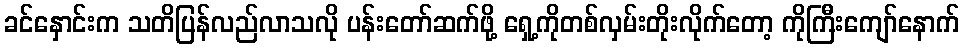
ခင်နှောင်းက သတိပြန်လည်လာသလို ပန်းတော်ဆက်ဖို့ ရှေ့ကိုတစ်လှမ်းတိုးလိုက်တော့ ကိုကြီးကျော်နောက်